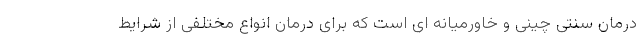
درمان سنتی چینی و خاورمیانه ای است که برای درمان انواع مختلفی از شرایط